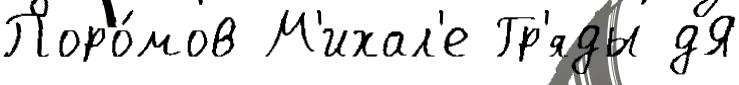
Поро́мов М'ихал'е Гр'яды дЯ